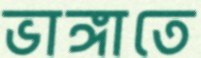
ভাঙ্গাতে